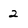
Character: 2